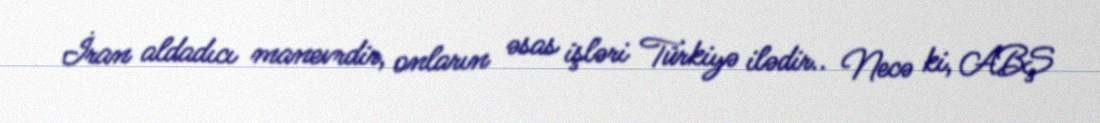
İran aldadıcı manevrdir, onların əsas işləri Türkiyə ilədir.. Necə ki, ABŞ